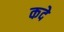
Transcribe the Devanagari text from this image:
कदे